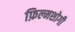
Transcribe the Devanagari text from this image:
फ़िल्मशोगी